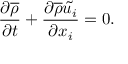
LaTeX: { \frac { \partial { \overline { { \rho } } } } { \partial t } } + { \frac { \partial { \overline { { \rho } } } { \tilde { u _ { i } } } } { \partial x _ { i } } } = 0 .